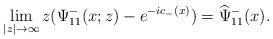
LaTeX: \begin{align*}\lim _{|z| \rightarrow \infty}z(\Psi^-_{11}(x;z)-e^{-ic_-(x)})=\widehat{\Psi}^-_{11}(x).\end{align*}